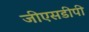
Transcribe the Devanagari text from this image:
जीएसडीपी